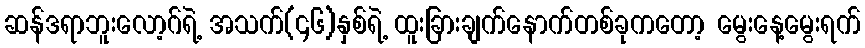
ဆန်ဒရာဘူးလော့ဂ်ရဲ့ အသက်(၄၆)နှစ်ရဲ့ ထူးခြားချက်နောက်တစ်ခုကတော့ မွေးနေ့မွေးရက်